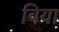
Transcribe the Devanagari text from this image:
विया